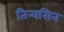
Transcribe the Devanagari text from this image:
तिन्वसिन